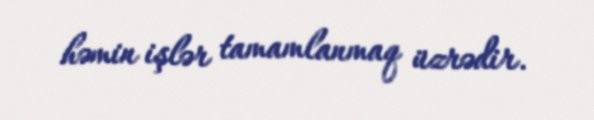
həmin işlər tamamlanmaq üzrədir.